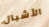
الأشبال